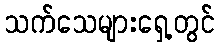
သက်သေများရှေ့တွင်